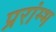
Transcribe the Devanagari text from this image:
प्ररांम्भ